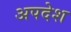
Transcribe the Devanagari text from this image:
अपदेश